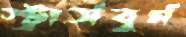
স্ট্রার্সবুর্গ